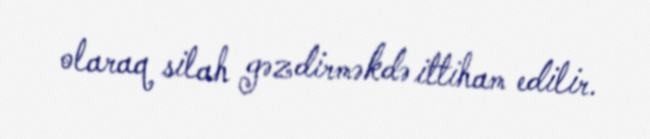
olaraq silah gəzdirməkdə ittiham edilir.